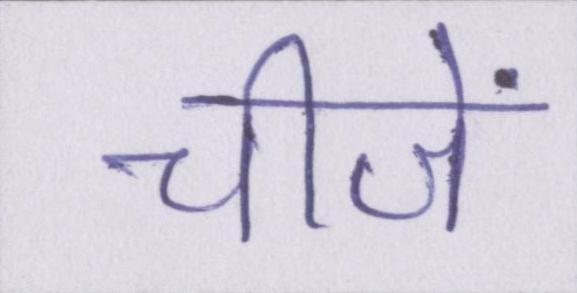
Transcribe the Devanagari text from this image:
चीजें